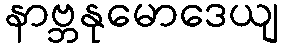
နာဗ္ဘနုမောဒေယျ